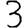
Digit: 3